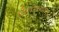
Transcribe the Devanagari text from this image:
शितोळ्यांना